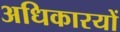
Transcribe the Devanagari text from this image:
अधिकारयों